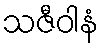
သဇီဝါနံ